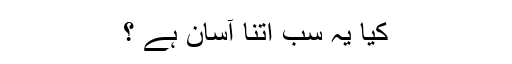
کیا یہ سب اتنا آسان ہے ؟